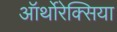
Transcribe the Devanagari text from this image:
ऑर्थोरेक्सिया